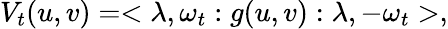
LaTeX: V_{t}(u,v)=<\lambda,\omega_{t}:g(u,v):\lambda,-\omega_{t}>,